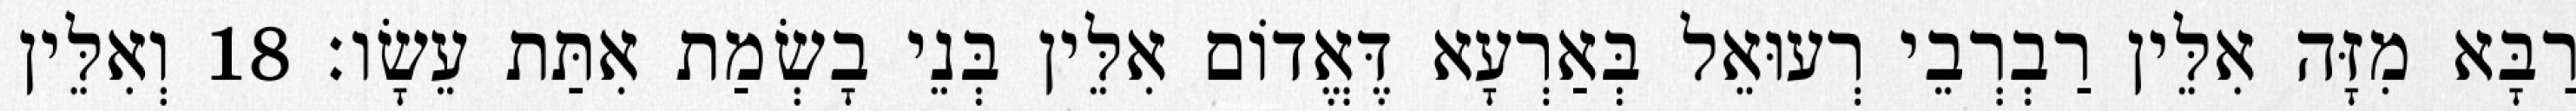
רַבָּא מִזָּה אִלֵּין רַבְרְבֵי רְעוּאֵל בְּאַרְעָא דֶּאֱדוֹם אִלֵּין בְּנֵי בָשְׂמַת אִתַּת עֵשָׂו׃ 18 וְאִלֵּין